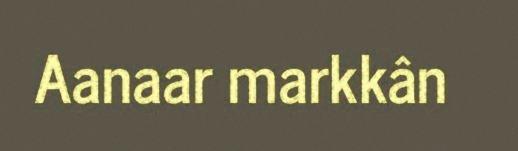
Aanaar markkân